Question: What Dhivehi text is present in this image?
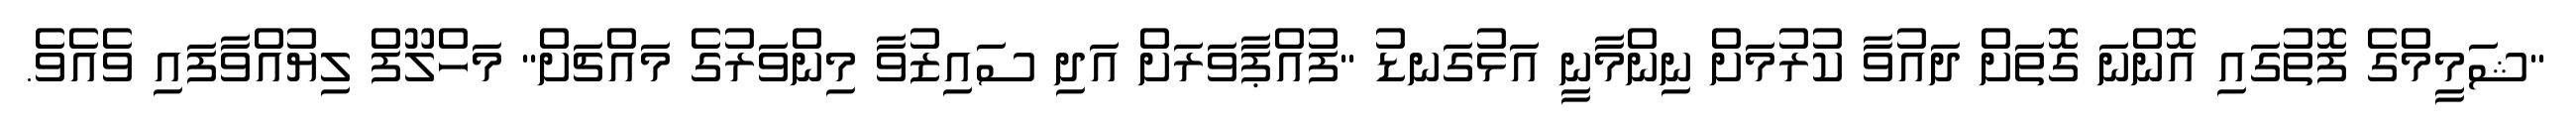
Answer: "ޝަމީމްގެ ފޮތުގައި އޮންނަ ގޮތަށް ދައުވާ ކުރުމަށް ނިންމާނީ އަޅުގަނޑު "ފުއްޕާވަރަށް އަދި ސައިޒުވާ މިންވަރުގެ މައްޗަށް" މަހްލޫފް ލިޔުއްވާފައި ވެއެވެ.